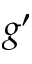
g ^ { \prime }